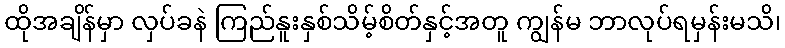
ထိုအချိန်မှာ လှပ်ခနဲ ကြည်နူးနှစ်သိမ့်စိတ်နှင့်အတူ ကျွန်မ ဘာလုပ်ရမှန်းမသိ၊